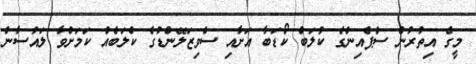
މީގެ އިތުރުން ސްޕެއިންގެ ކުލަބް ކޯޑަބާ އަށާއި ސްވިޒަލޭންޑުގެ ކްލަބެއް ކަމަށްވާ ލައުސާން